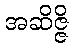
အဆိဇ္ဇိ